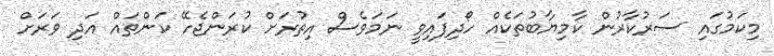
މިކަމުގައި ސަރުކާރުން ކާމިޔާބުތަކެއް ހޯދިފައިވީ ނަމަވެސް އިތުރަށް ކުރަންޖެހޭ ކަންތައް އަދި ވަރަށް